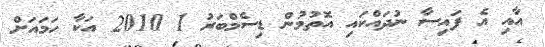
އާއި އެ ފައިސާ ނުދައްކައި އޮތުމުން ޑިސެމްބަރު 1 2010 އަކާ ހަމައަށް